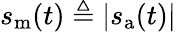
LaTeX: s_{\mathrm{m}}(t)\triangleq|s_{\mathrm{a}}(t)|